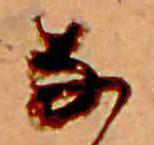
な